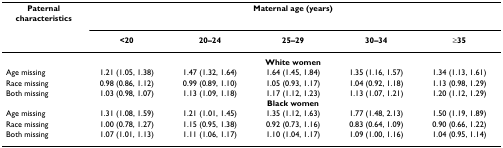
<table><thead><tr><td><b>Paternal characteristics</b></td><td colspan="5"><b>Maternal age (years)</b></td></tr><tr><td></td><td><b>&lt;20</b></td><td><b>20–24</b></td><td><b>25–29</b></td><td><b>30–34</b></td><td><b>≥35</b></td></tr></thead><tbody><tr><td></td><td colspan="5"><b>White women</b></td></tr><tr><td>Age missing</td><td>1.21 (1.05, 1.38)</td><td>1.47 (1.32, 1.64)</td><td>1.64 (1.45, 1.84)</td><td>1.35 (1.16, 1.57)</td><td>1.34 (1.13, 1.61)</td></tr><tr><td>Race missing</td><td>0.98 (0.86, 1.12)</td><td>0.99 (0.89, 1.10)</td><td>1.05 (0.93, 1.17)</td><td>1.04 (0.92, 1.18)</td><td>1.13 (0.98, 1.29)</td></tr><tr><td>Both missing</td><td>1.03 (0.98, 1.07)</td><td>1.13 (1.09, 1.18)</td><td>1.17 (1.12, 1.23)</td><td>1.13 (1.07, 1.21)</td><td>1.20 (1.12, 1.29)</td></tr><tr><td></td><td colspan="5"><b>Black women</b></td></tr><tr><td>Age missing</td><td>1.31 (1.08, 1.59)</td><td>1.21 (1.01, 1.45)</td><td>1.35 (1.12, 1.63)</td><td>1.77 (1.48, 2.13)</td><td>1.50 (1.19, 1.89)</td></tr><tr><td>Race missing</td><td>1.00 (0.78, 1.27)</td><td>1.15 (0.95, 1.38)</td><td>0.92 (0.73, 1.16)</td><td>0.83 (0.64, 1.09)</td><td>0.90 (0.66, 1.22)</td></tr><tr><td>Both missing</td><td>1.07 (1.01, 1.13)</td><td>1.11 (1.06, 1.17)</td><td>1.10 (1.04, 1.17)</td><td>1.09 (1.00, 1.16)</td><td>1.04 (0.95, 1.14)</td></tr></tbody></table>